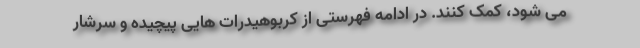
می شود، کمک کنند. در ادامه فهرستی از کربوهیدرات هایی پیچیده و سرشار